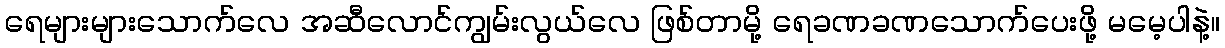
ရေများများသောက်လေ အဆီလောင်ကျွမ်းလွယ်လေ ဖြစ်တာမို့ ရေခဏခဏသောက်ပေးဖို့ မမေ့ပါနဲ့။